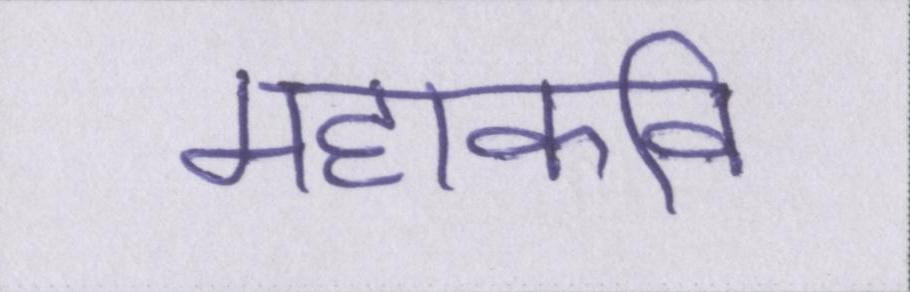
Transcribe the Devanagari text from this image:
महाकवि